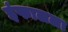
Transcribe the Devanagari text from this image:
इंफालला